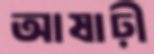
আষাঢ়ী